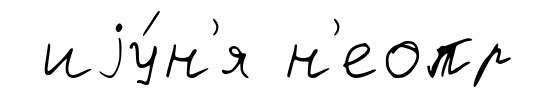
иjу́н'я н'еопр